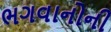
ભગવાનોની